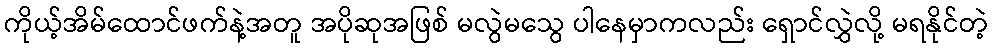
ကိုယ့်အိမ်ထောင်ဖက်နဲ့အတူ အပိုဆုအဖြစ် မလွဲမသွေ ပါနေမှာကလည်း ရှောင်လွှဲလို့ မရနိုင်တဲ့